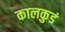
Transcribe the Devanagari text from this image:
कालकुडं